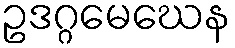
ဥဒဂ္ဂမေဃေန